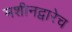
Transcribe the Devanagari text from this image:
मशीनद्वारेच